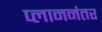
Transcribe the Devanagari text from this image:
प्लाननंतर